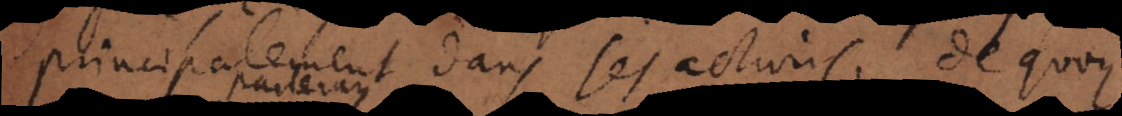
principalement dans ses actions, de quoy